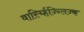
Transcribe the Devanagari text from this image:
वार्स्च्हिज्न्लिज्क